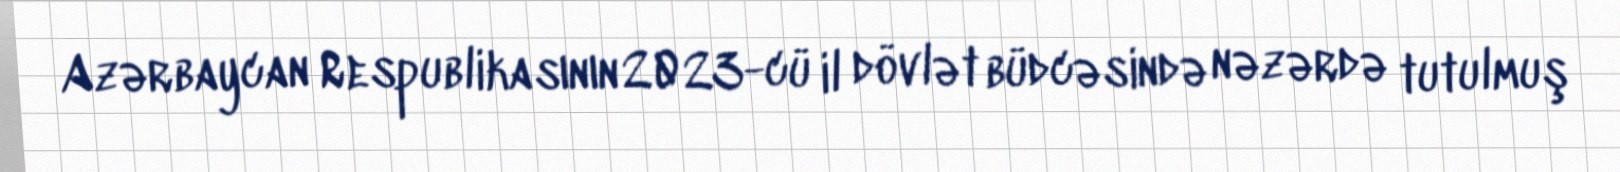
Azərbaycan Respublikasının 2023-cü il dövlət büdcəsində nəzərdə tutulmuş